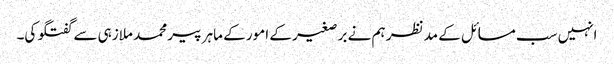
انہیں سب مسائل کے مد نظر ہم نے بر صغیر کے امور کے ماہر پیر محمد ملازہی سے گفتگو کی۔